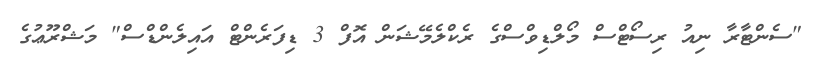
"ސެންޓާރާ ނިއު ރިސޯޓްސް މޯލްޑިވްސްގެ ރެކްލެމޭޝަން އޮފް 3 ޑިފަރެންޓް އައިލެންޑްސް" މަޝްރޫޢުގެ